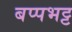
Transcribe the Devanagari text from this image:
बप्पभट्ट